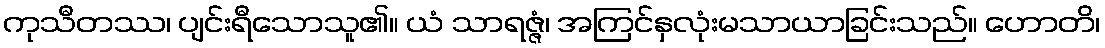
ကုသီတဿ၊ ပျင်းရီသောသူ၏။ ယံ သာရဇ္ဇံ၊ အကြင်နှလုံးမသာယာခြင်းသည်။ ဟောတိ၊